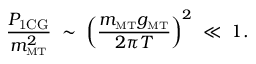
\frac { P _ { \mathrm { 1 C G } } } { m _ { \mathrm { \scriptscriptstyle { M T } } } ^ { 2 } } \; \sim \; \left( \frac { m _ { \mathrm { \scriptscriptstyle { M T } } } g _ { \mathrm { \scriptscriptstyle { M T } } } } { 2 \pi T } \right) ^ { 2 } \; \ll \; 1 .